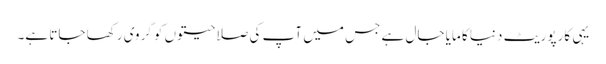
یہی کارپوریٹ دنیا کا مایا جال ہے جس میں آپ کی صلاحیتوں کو گروی رکھا جاتا ہے۔